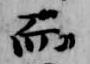
而